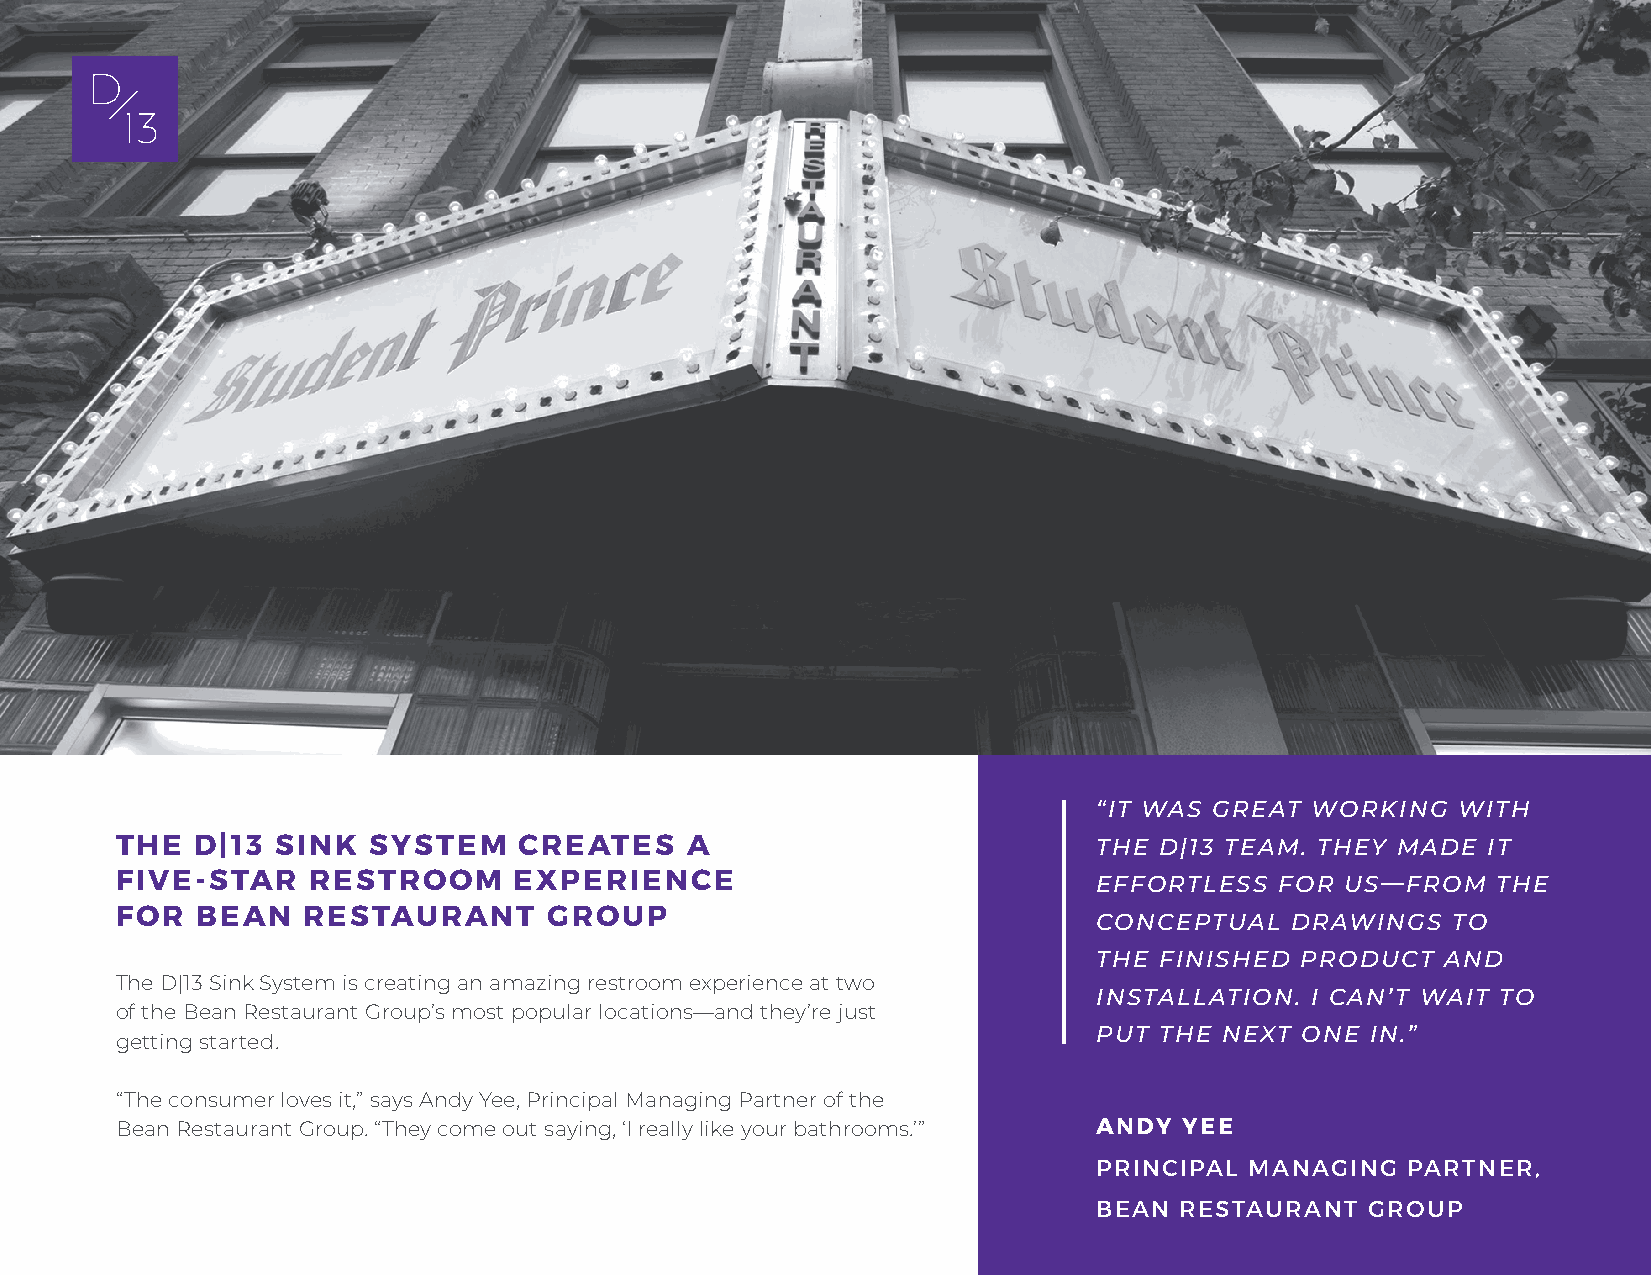
“IT WAS GREAT WORKING  WITH
 THE  D|13 SINK  SYSTEM    CREATES    A                           THE D|13 TEAM. THEY MADE IT
 FIVE-STAR   RESTROOM      EXPERIENCE                             EFFORTLESS  FOR US—FROM   THE
 FOR  BEAN   RESTAURANT      GROUP
 CONCEPTUAL  DRAWINGS   TO
 THE FINISHED PRODUCT   AND
 The D|13 Sink System is creating an amazing restroom experience at two
 INSTALLATION. I CAN’T WAIT TO
 of the Bean Restaurant Group’s most popular locations—and they’re just
 PUT THE NEXT ONE  IN.”
 getting started.
 “The consumer loves it,” says Andy Yee, Principal Managing Partner of the
 Bean Restaurant Group. “They come out saying, ‘I really like your bathrooms.’” ANDY YEE
 PRINCIPAL MANAGING  PARTNER,
 BEAN RESTAURANT   GROUP